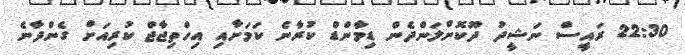
22:30 ރައީސް ނަޝީދު ދޫކޮށްލަންދެން ޑިމާންޑް ކުރާނެ ކަމަށާއި އިހްތިޖާޖް ކުރިއަށް ގެންދާނެ